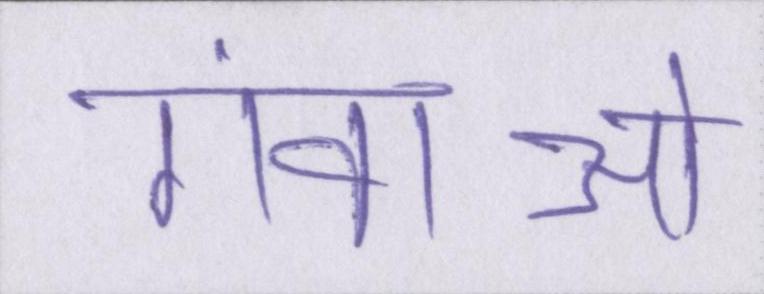
गंवाओ